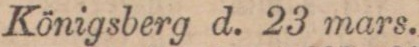
Königsberg d. 23 mars.